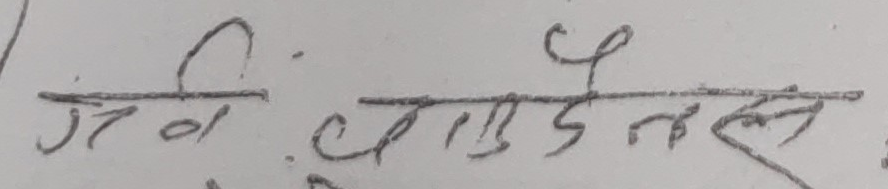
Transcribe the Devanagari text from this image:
श्री वासुदेव नस